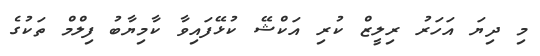
މި ދިޔަ އަހަރު ރިލީޒް ކުރި އަކްޝޭ ކުޅޭފައިވާ ކާމިޔާބު ފިލްމް ތަކުގެ